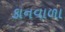
કાનવાળા